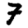
Digit: 7